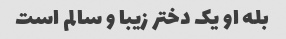
بله او یک دختر زیبا و سالم است